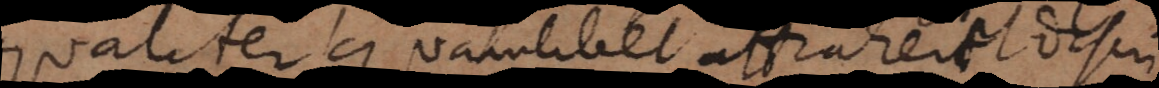
aequaliter quamlibet attraheret discrim